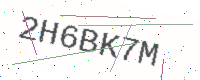
Text: 2H6BK7M